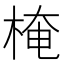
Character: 㭺